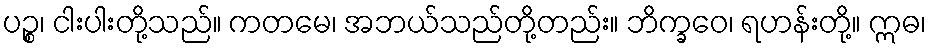
ပဉ္စ၊ ငါးပါးတို့သည်။ ကတမေ၊ အဘယ်သည်တို့တည်း။ ဘိက္ခဝေ၊ ရဟန်းတို့။ ဣဓ၊